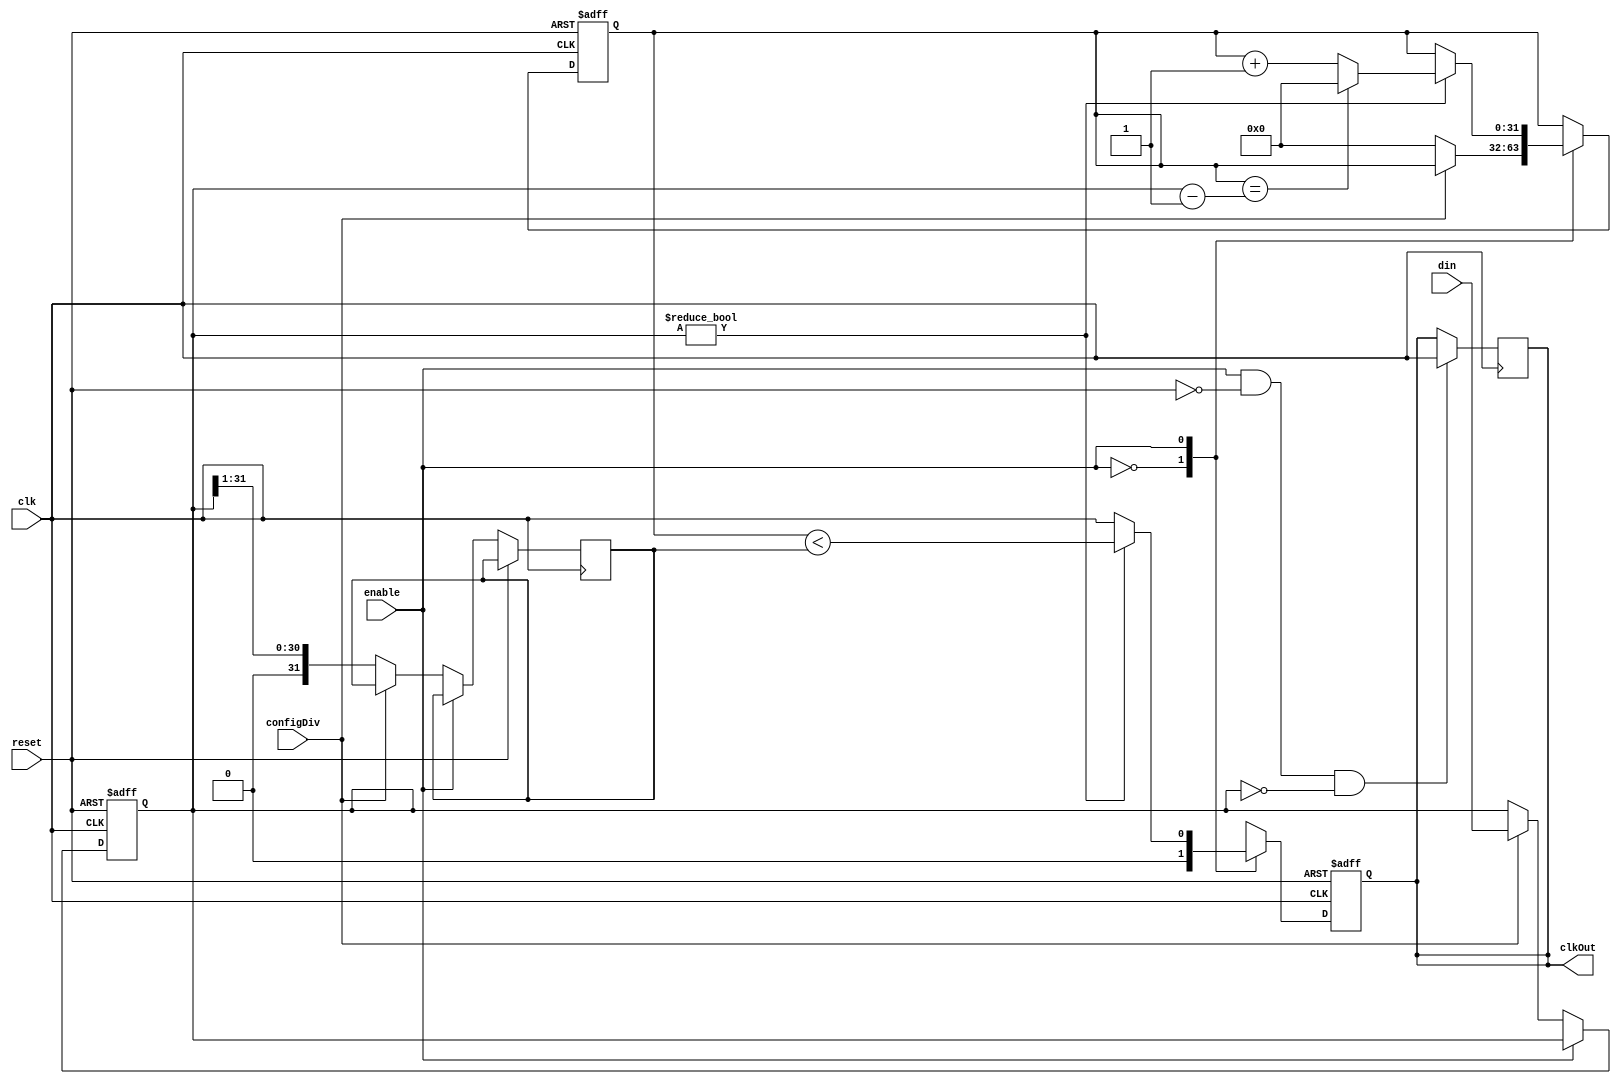
module frequencyDivider(
    input wire clk,
    input wire reset,
    input wire enable,
    input wire configDiv,
    input wire [31:0] din,
    output wire clkOut
);
    reg [31:0] regIn;
    reg clkOutTemp;
    assign clkOut = clkOutTemp;
    reg [31:0] divisor;
    reg [31:0] counter;
  always @(negedge clk) begin
    if(enable && !reset && regIn == 32'b0)begin 
      clkOutTemp<=clk;
    end 
  end
  always @(posedge clk or posedge reset) begin 
        if(reset) begin 
            regIn<=32'b0;
            clkOutTemp<=0;
            counter <= 32'b0;
        end else begin
            case(enable) 
                1'b0:begin 
                    clkOutTemp<=0;
                    if(!configDiv)begin
                      divisor <= regIn>>1;
                      counter<=32'b0;
                    end else begin 
                        regIn<=din;
                    end
                end
                1'b1:begin
                  if(regIn != 32'b0)begin
                    if(counter == (regIn-1))begin 
                        counter<=32'b0;
                    end else begin 
                        counter <= counter + 1;
                     end
                    	clkOutTemp <= (counter < divisor);
                  end else begin
                    	clkOutTemp <= clk;
                  end
                end
            endcase
        end
  end
    
endmodule